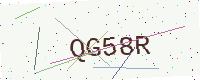
Text: QG58R